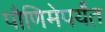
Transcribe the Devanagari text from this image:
पौणिमेपर्यंत